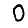
Digit: 0